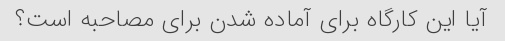
آیا این کارگاه برای آماده شدن برای مصاحبه است؟